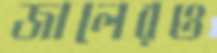
জালেরও